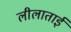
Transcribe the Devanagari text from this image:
लीलाताईं